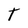
Character: T